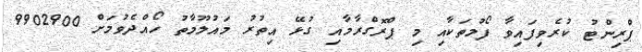
ޕްރިންޓު ކުރެވިފައިވާ ފޯމުތަކާއި މި ޕްރޮގްރާމާއި ގުޅޭ އިތުރު މައުލޫމާތު ހޯއްދެވުމަށް 9902900